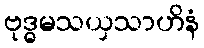
ဗုဒ္ဓမသယှသာဟိနံ